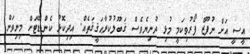
އީސީ އަށް ނުފޫޒް ފޯރުވިކަމީ މުޅި ދުނިޔެވެސް ޤަބޫލުކުރާޙަޤީޤަތެއް. އިދިކޮޅު ކެންޑިޑޭޓަށް މިނިވަން